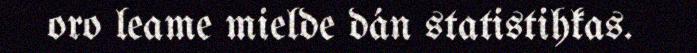
oro leame mielde dán statistihkas.